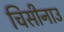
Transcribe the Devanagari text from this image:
चिसीनाउ